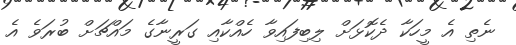
ނެތި އެ މީހަކާ ދެކޮޅަށް ލިބިފައިވާ ހެއްކާއި ގަރީނާގެ މައްޗަށް ބުރަވެ އެ